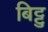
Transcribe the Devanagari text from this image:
बिट्टु